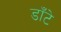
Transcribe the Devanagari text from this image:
डाँटे